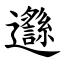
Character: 邎